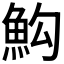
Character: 𩵻